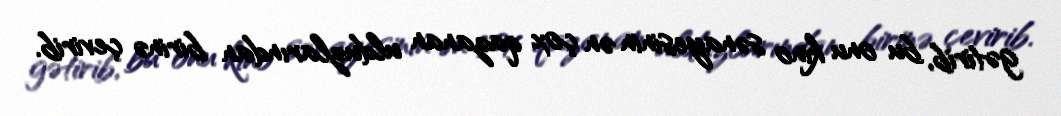
gətirib, bu onu kino sənayesinin ən çox qazanan ulduzlarından birinə çevirib.